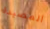
المصيدة